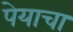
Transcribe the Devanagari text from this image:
पेयाचा